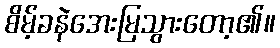
စိမ့်ခနဲအေးမြသွားတော့၏။